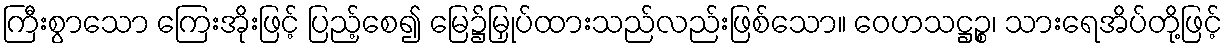
ကြီးစွာသော ကြေးအိုးဖြင့် ပြည့်စေ၍ မြေ၌မြှုပ်ထားသည်လည်းဖြစ်သော။ ဝေဟသဋ္ဌဉ္စ၊ သားရေအိပ်တို့ဖြင့်